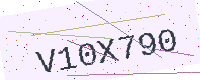
Text: V10X790